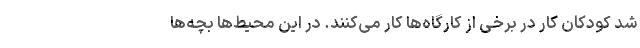
شد کودکان کار در برخی از کارگاه‌ها کار می‌کنند. در این محیط‌ها بچه‌ها